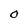
Character: O